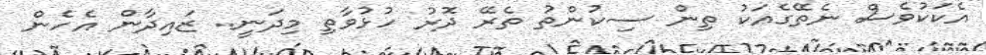
އެކަކުވެސް ނެތޭގެއަކު ތިން ސިކުންތު ތެރޭ ދޮރު ހުޅުވާތި މިދަނީ.. ޒައިދާން އެހެން